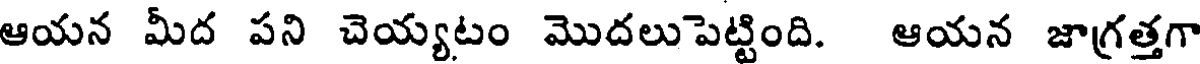
ఆయన మీద పని చెయ్యటం మొదలుపెట్టింది. ఆయన జాగ్రత్తగా